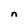
Character: n